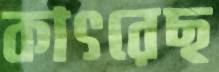
কাৎরেছ